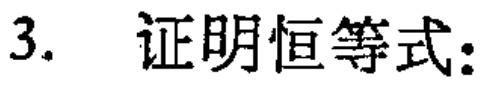
3. 证明恒等式：